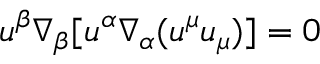
u ^ { \beta } \nabla _ { \beta } [ u ^ { \alpha } \nabla _ { \alpha } ( u ^ { \mu } u _ { \mu } ) ] = 0